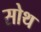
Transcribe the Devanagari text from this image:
सोथ